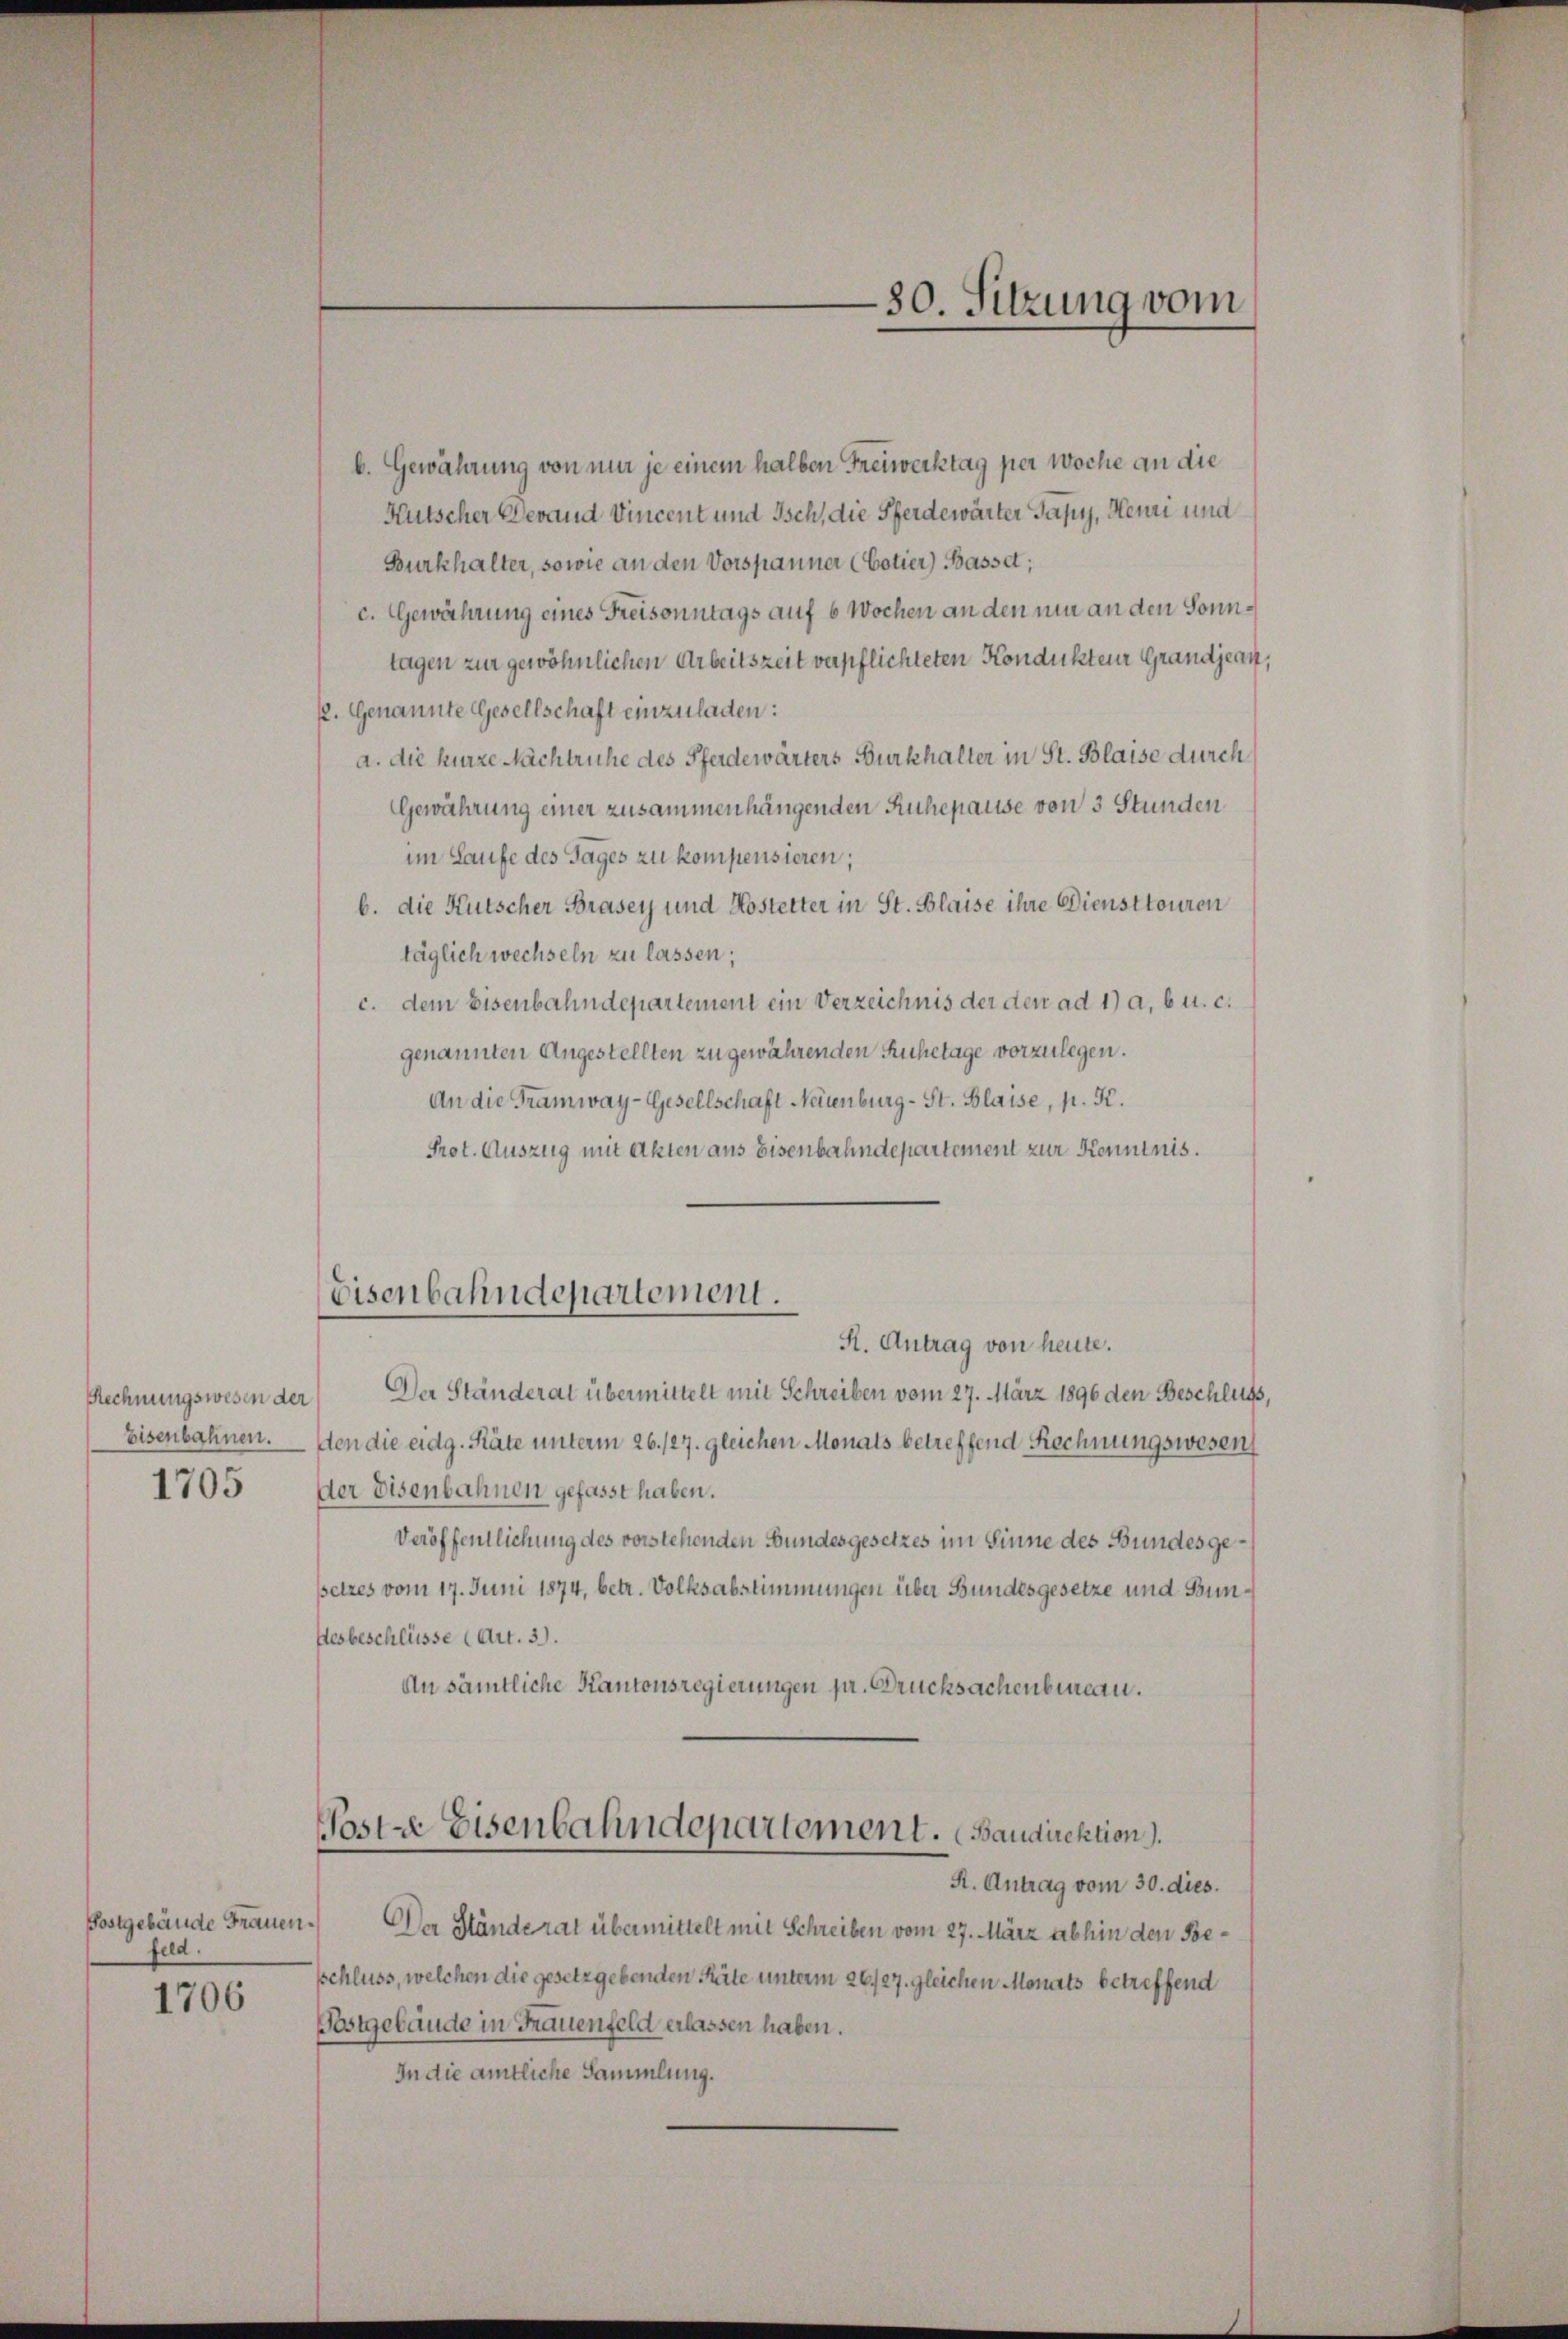
Eisenbahnen.
1705

fied.

1706

b. Gewährung von mir je einem halben Freiwerktag per Woche an die
Hutscher Verand Vincent und Isch, die Pferdewärter Pany, Henri und
Burkhalter, sowie an den Vorspanner (Cotier) Basset;
c. Gewährung eines Freisonntags auf 6 Wochen an den nur an den Sonn
tagen zur gewöhnlichen Arbeitszeit verpflichteten Kondukteur Grandjes
12. Genannte Gesellschaft einzuladen:
a. die kurze Nachtruhe des Pferdewärters Burkhalter in St. Blaise durch
Gewährung einer zusammenhängenden Ruhepause von 3 Stunden
im Laufe des Tages zu kompensieren;
b. die Kutscher Brasey und Kostetter in St. Blaise ihre Diensttouren
täglich wechseln zu lassen;
c. dem Eisenbahndepartement ein Verzeichnis der den ad 1) a, b u. c.
genannten Angestellten zu gewährenden Ruhetage vorzulegen.
An die Tramway-Gesellschaft Neuenburg-St. Blaise, p. K.
Prot. Auszug mit Akten aus Eisenbahndepartement zur Kenntnis.
R. Antrag von heute.
Rechnungswesen der Der Ständerat übermittelt mit Schreiben vom 27. März 1896 den Beschlit
den die eidg. Räte unterm 26./27. gleichen Monats betreffend Rechnungswesen
der Disenbahnen gefasst haben.
Veröffentlichung des vorstehenden Bundesgesetzes im Sinne des Bundesgesetzes vom 17. Juni 1874, betr. Volksabstimmungen über Bundesgesetze und un
hesbeschlüsse (Art. 3).
An sämtliche Kantonsregierungen pr. Drucksachenbureau.
Poste Eisenbahndepartement. Baudirektion).
R. Antrag vom 30. dies.
Postgebäude Frauen. Der Ständerat übermittelt mit Schreiben vom 27. März abhin den Besschluss, welchen die gesetzgebenden Räte unterm 26./27. gleichen Monats betreffend
Pestgebäude in Frauenfeld erlassen haben.
In die amtliche Sammlung.

Eisenbahndepartement.

80. Sitzung vom